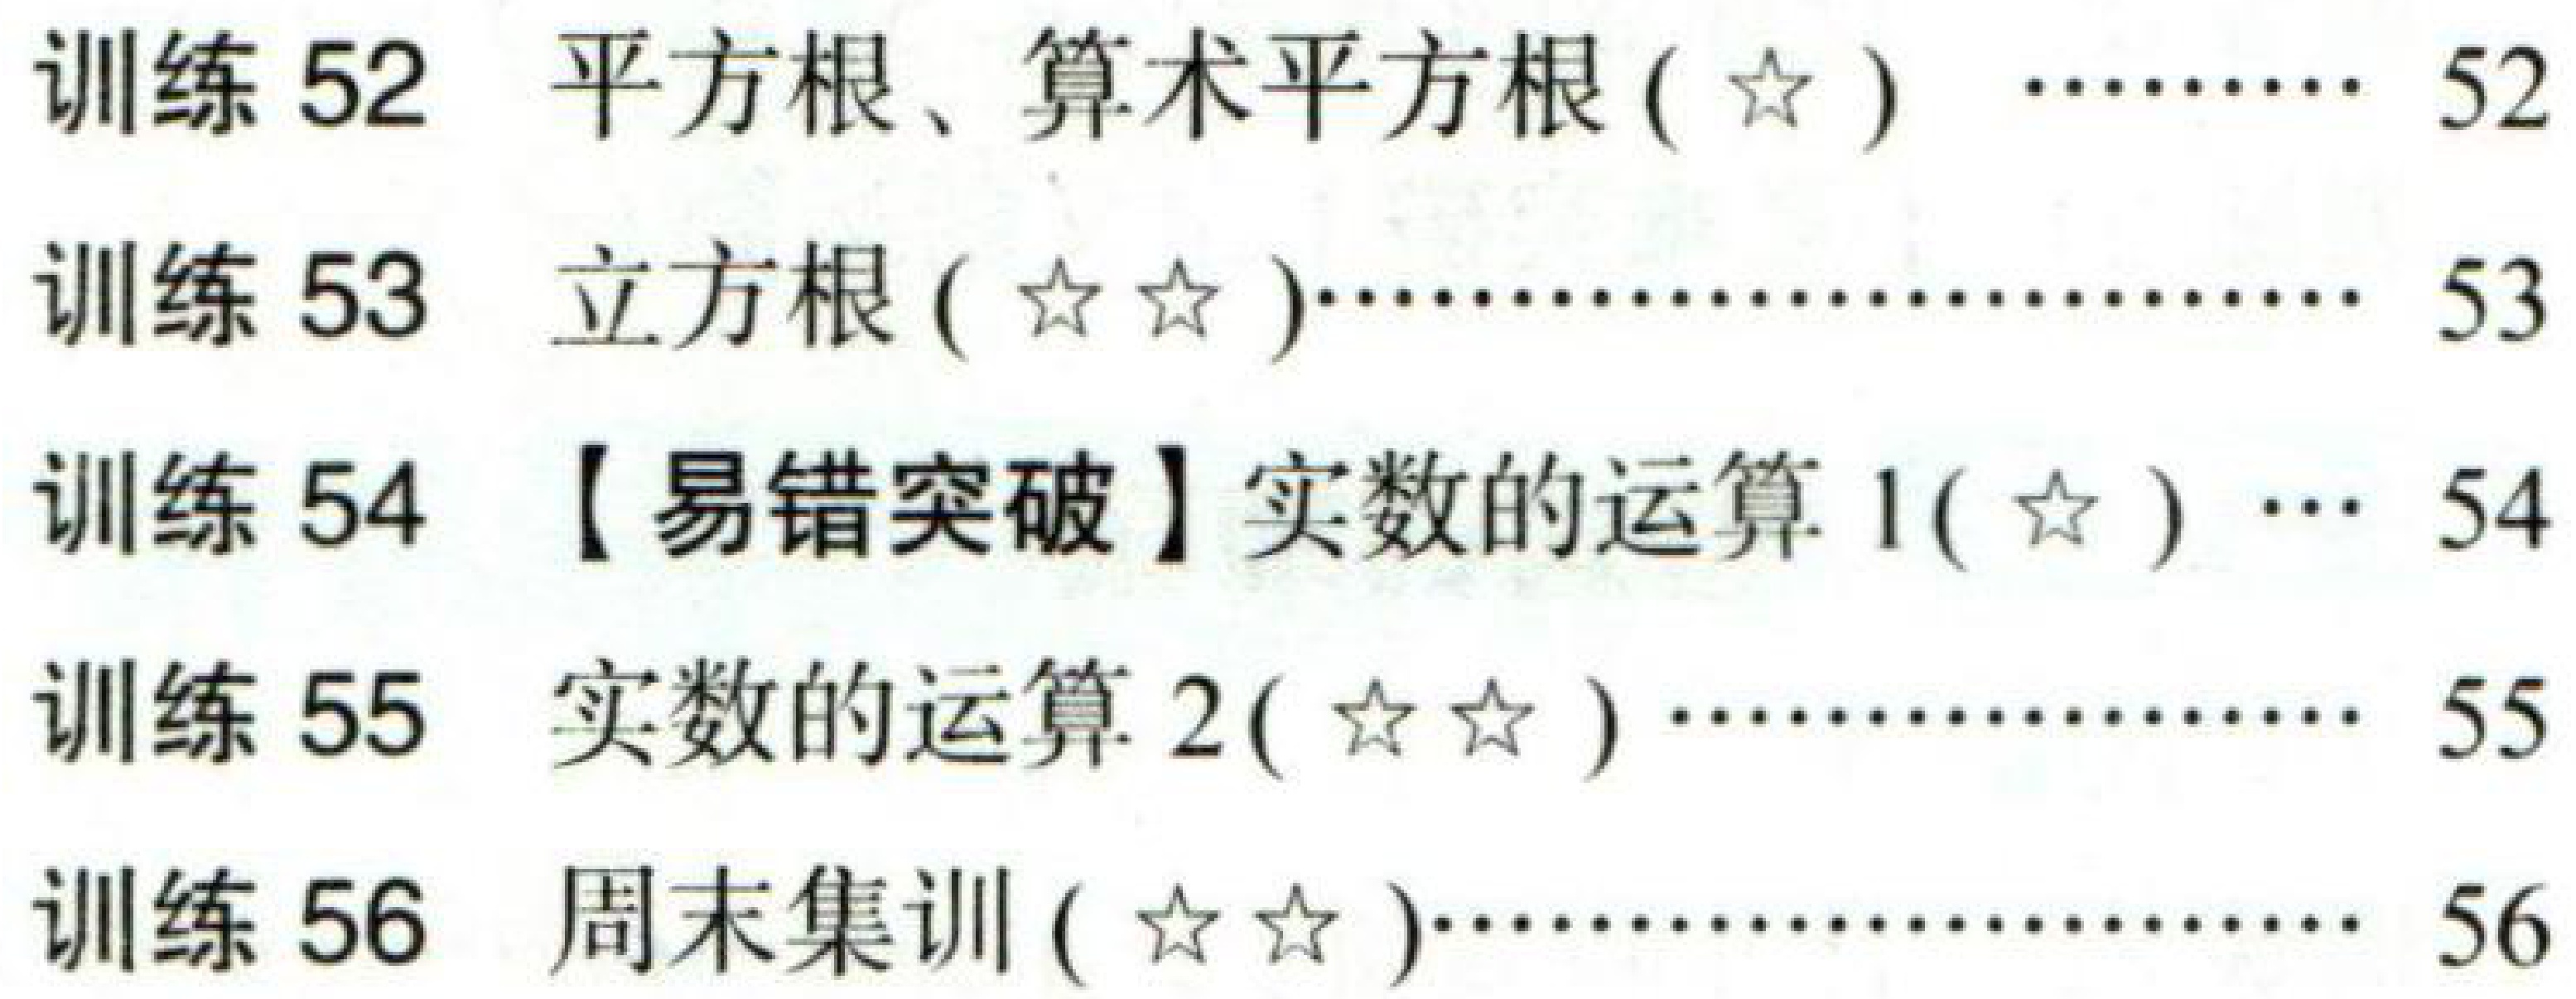
训练 52  平方根、算术平方根 ($\star$)  ……… 52

训练 53  立方根 ($\star\star$)………………………… 53

训练 54  【易错突破】实数的运算 1($\star$) … 54

训练 55  实数的运算 2($\star\star$) ………………… 55

训练 56  周末集训 ($\star\star$)………………………… 56